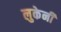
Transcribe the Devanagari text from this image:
लुकेनी